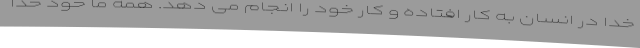
خدا در انسان به کار افتاده و کار خود را انجام می دهد. همه ما خود خدا